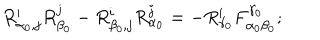
LaTeX: R _ { \alpha _ { 0 } , j } ^ { i } R _ { \beta _ { 0 } } ^ { j } - R _ { \beta _ { 0 } , j } ^ { i } R _ { \alpha _ { 0 } } ^ { j } = - R _ { \gamma _ { 0 } } ^ { i } F _ { \alpha _ { 0 } \beta _ { 0 } } ^ { \gamma _ { 0 } } ;